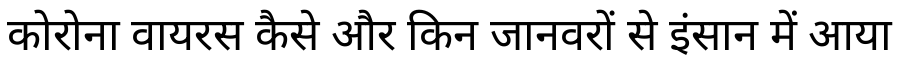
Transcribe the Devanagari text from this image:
कोरोना वायरस कैसे और किन जानवरों से इंसान में आया